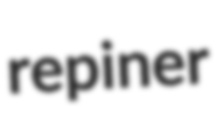
repiner